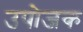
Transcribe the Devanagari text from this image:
उपोजक